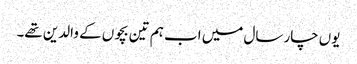
یوں چار سال میں اب ہم تین بچوں کے والدین تھے۔